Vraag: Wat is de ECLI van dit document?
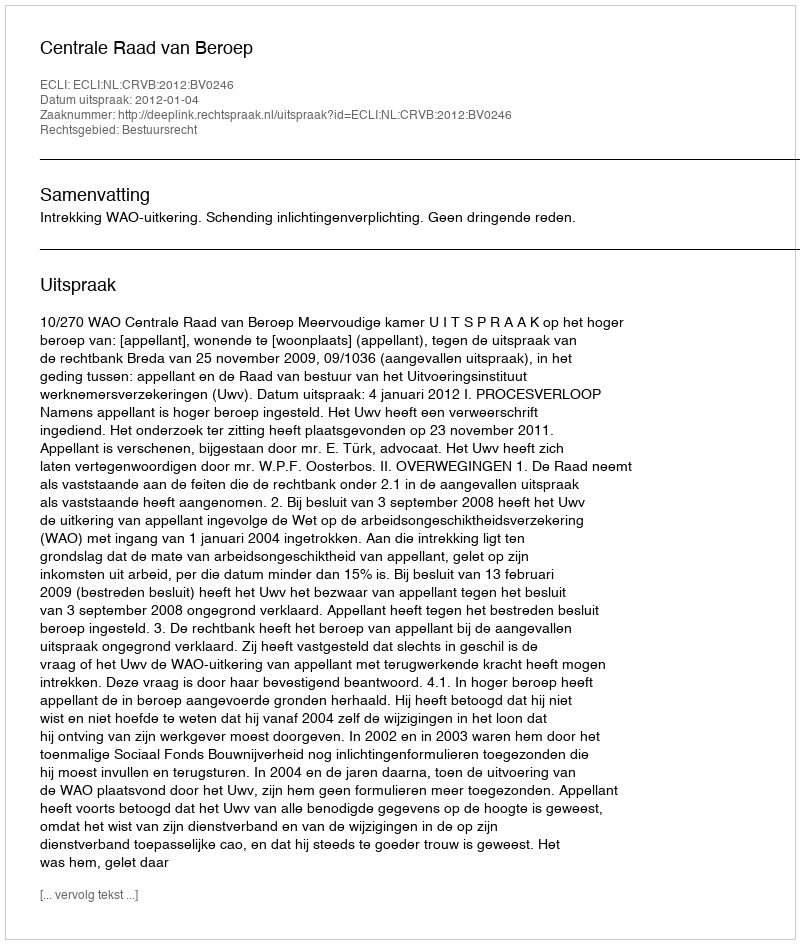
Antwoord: ECLI:NL:CRVB:2012:BV0246